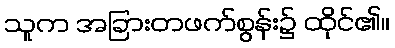
သူက အခြားတဖက်စွန်း၌ ထိုင်၏။